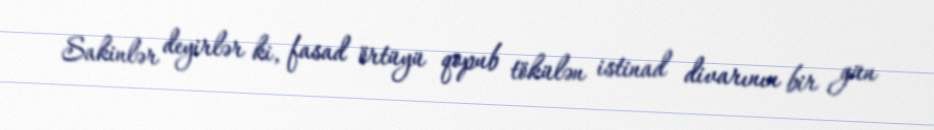
Sakinlər deyirlər ki, fasad örtüyü qopub tökülən istinad divarının bir gün